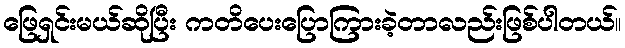
ဖြေရှင်းမယ်ဆိုပြီး ကတိပေးပြောကြားခဲ့တာလည်းဖြစ်ပါတယ်။